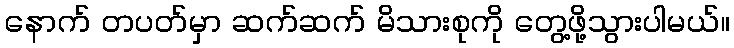
နောက် တပတ်မှာ ဆက်ဆက် မိသားစုကို တွေ့ဖို့သွားပါမယ်။